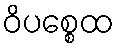
ဝိပစ္စေထ